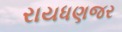
રાયધણજર